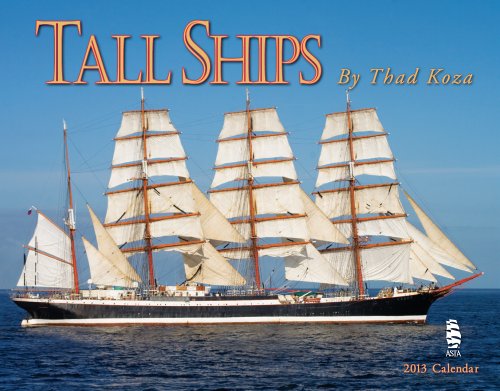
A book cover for Tall Ships 2013 Calendar; Thad Koza; Calendars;